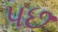
પછ